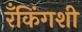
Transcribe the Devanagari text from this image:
रँकिंगशी